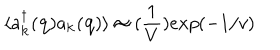
LaTeX: \langle a _ { { \bf { k } } } ^ { \dagger } ( { \bf { q } } ) a _ { { \bf { k } } } ( { \bf { q } } ) \rangle \approx ( \frac { 1 } { V } ) e x p ( - 1 / v )